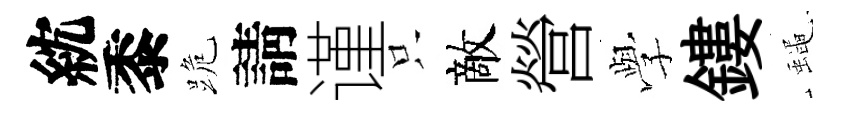
紞黍跪請谨只敵營𫝯鏤蠅